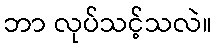
ဘာ လုပ်သင့်သလဲ။